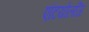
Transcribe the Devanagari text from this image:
एटियोलजि